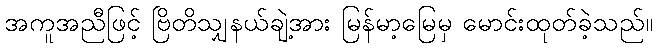
အကူအညီဖြင့် ဗြိတိသျှနယ်ချဲ့အား မြန်မာ့မြေမှ မောင်းထုတ်ခဲ့သည်။